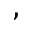
,